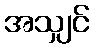
အသျှင်